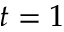
t = 1